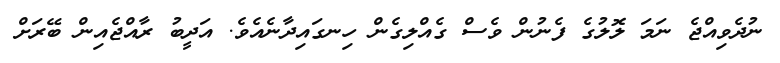
ނުދެވިއްޖެ ނަމަ ލޮލުގެ ފެނުން ވެސް ގެއްލިގެން ހިނގައިދާނެއެވެ. އަދީބު ރާއްޖެއިން ބޭރަށް